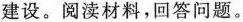
建设。阅读材料，回答问题。